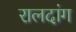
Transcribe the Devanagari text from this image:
रालदांग